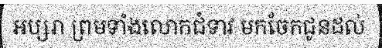
អប្សរា ព្រមទាំងលោកជំទាវ មកចែកជូនដល់